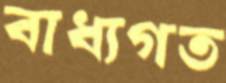
বাধ্যগত